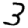
Digit: 3